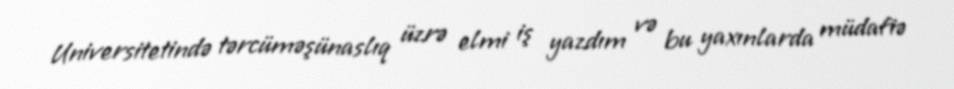
Universitetində tərcüməşünaslıq üzrə elmi iş yazdım və bu yaxınlarda müdafiə